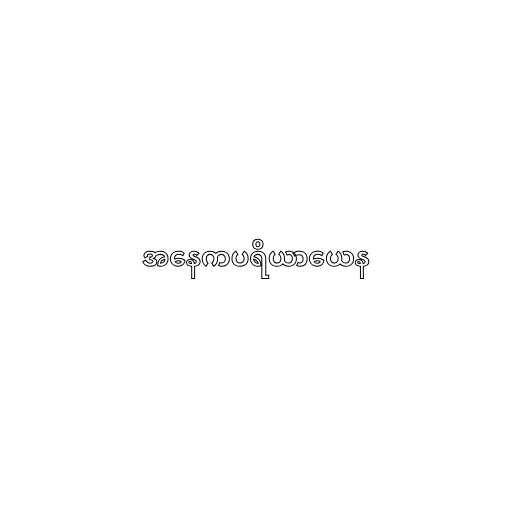
အနေကပရိယာယေန